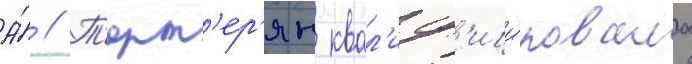
А́ // Т'ерт'ер'ян квал'иф'ици́ровала